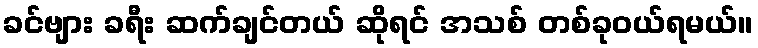
ခင်ဗျား ခရီး ဆက်ချင်တယ် ဆိုရင် အသစ် တစ်ခုဝယ်ရမယ်။